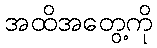
အထိအတွေ့ကို